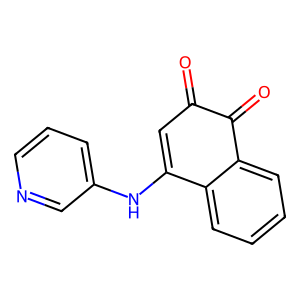
SMILES: O=C1C=C(Nc2cccnc2)c2ccccc2C1=O
Inhibits HIV replication: No